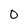
Character: 0